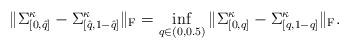
LaTeX: \begin{align*}\| \Sigma^{\kappa}_{[0,\hat{q}]}-\Sigma^{\kappa}_{[\hat{q},1-\hat{q}]}\|_{\textrm{F}}=\inf_{q\in (0,0.5)} \| \Sigma^{\kappa}_{[0,q]}-\Sigma^{\kappa}_{[q,1-q]}\|_{\textrm{F}}.\end{align*}